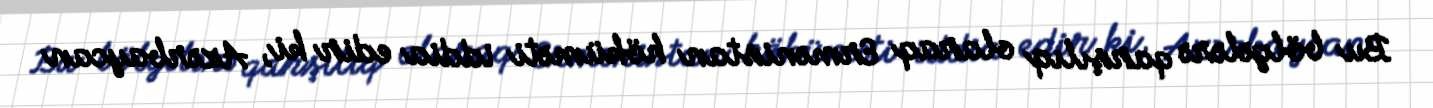
Bu bölgələrə qarşılıq olaraq Ermənistan höküməti iddia edir ki, Azərbaycan